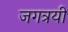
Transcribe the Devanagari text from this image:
जगत्रयी